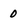
Character: 0